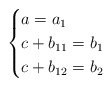
\begin{align*}\begin{cases}a=a_{1}\\c+b_{11}=b_{1}\\c+b_{12}=b_{2}\end{cases}\end{align*}